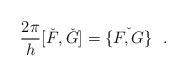
LaTeX: \begin{align*}\frac{2\pi }{h}[\check{F},\check{G}]=\check{\{ F,G\} }~~.\end{align*}